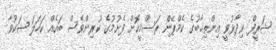
ޝަރީފް ވިދާޅުވީ އިންތިޚާބުގެ ކެމްޕޭން ރަސްމީކޮށް ފެށުމުގެ ކުރިންވެސް ބައެއް ކަހަލަ ޝަކުވާ